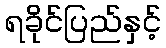
ရခိုင်ပြည်နှင့်